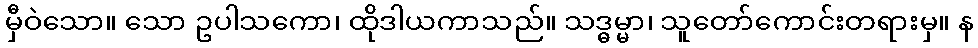
မှီဝဲသော။ သော ဥပါသကော၊ ထိုဒါယကာသည်။ သဒ္ဓမ္မာ၊ သူတော်ကောင်းတရားမှ။ န